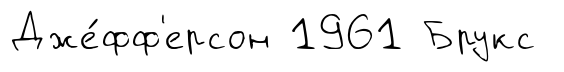
Дже́фф'ерсон 1961 Брукс